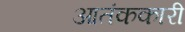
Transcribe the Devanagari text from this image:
आतंककारी